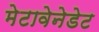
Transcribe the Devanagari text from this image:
मेटावेनेडेट